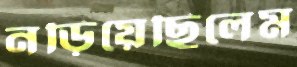
নড়িয়েছিলেম